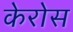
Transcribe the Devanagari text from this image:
केरोस